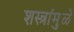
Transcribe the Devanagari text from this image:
शस्त्रांमु़ळे